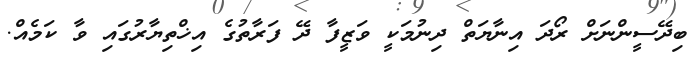
ބިދޭސީންނަށް ރޯދަ އިނާޔަތް ދިނުމަކީ ވަޒީފާ ދޭ ފަރާތުގެ އިޚްތިޔާރުގައި ވާ ކަމެއް.